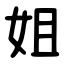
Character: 姐